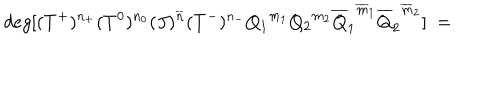
LaTeX: d e g [ ( T ^ { + } ) ^ { n _ { + } } ( T ^ { 0 } ) ^ { n _ { 0 } } ( J ) ^ { \overline { { { n } } } } ( T ^ { - } ) ^ { n _ { - } } { Q _ { 1 } } ^ { m _ { 1 } } { Q _ { 2 } } ^ { m _ { 2 } } { \overline { { { Q } } } _ { 1 } } ^ { \overline { { { m } } } _ { 1 } } { \overline { { { Q } } } _ { 2 } } ^ { \overline { { { m } } } _ { 2 } } ] \ =